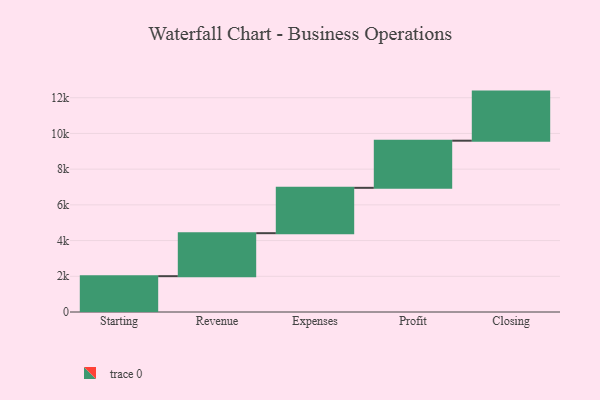
{"axis": {"x": "Step", "y": "Value"}, "legend": [""], "data": [{"x": "Starting", "y": 2006.0, "type": ""}, {"x": "Revenue", "y": 2408.0, "type": ""}, {"x": "Expenses", "y": 2540.0, "type": ""}, {"x": "Profit", "y": 2640.0, "type": ""}, {"x": "Closing", "y": 2749.0, "type": ""}]}